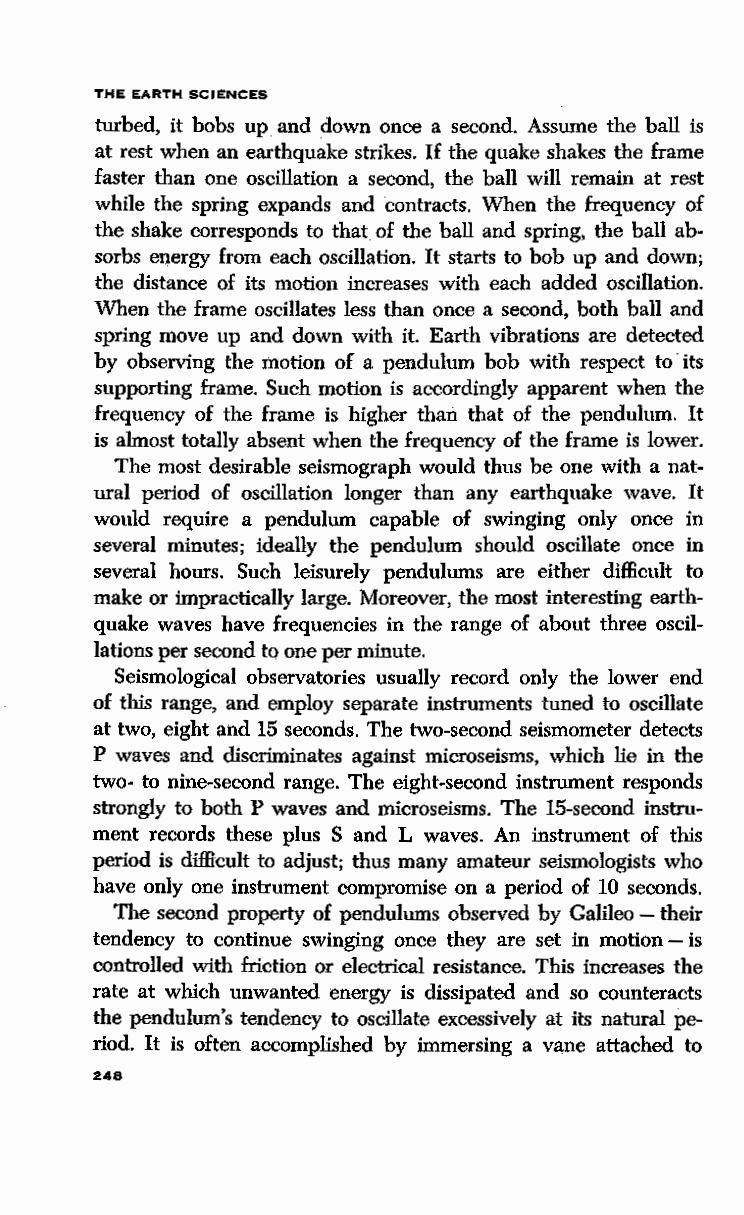
THE EARTH SCIENCES
 turbed, it bobs up and down once a second. Assume the ball is
 at rest when an earthquake strikes. If the quake shakes the frame
 faster than one oscillation a second, the ball will remain at rest
 while the spring expands and contracts. When the frequency of
 the shake corresponds to that of the ball and spring, the ball ab
 sorbs energy from each oscillation. It starts to bob up and down;
 the distance of its motion increases with each added oscillation.
 When the frame oscillates less than once a second, both ball and
 spring move up and down with it. Earth vibrations are detected
 by observing the motion of a pendulum bob with respect to its
 supporting frame. Such motion is accordingly apparent when the
 frequency of the frame is higher than that of the pendulum. It
 is almost totally absent when the frequency of the frame is lower.
 The most desirable seismograph would thus be one with a nat
 ural period of oscillation longer than any earthquake wave. It
 would require a pendulum capable of swinging only once in
 several minutes; ideally the pendulum should oscillate once in
 several hours. Such leisurely pendulums are either difficult to
 make or impractically large. Moreover, the most interesting earth
 quake waves have frequencies in the range of about three oscil
 lations per second to one per minute.
 Seismological observatories usually record only the lower end
 of this range, and employ separate instruments tuned to oscillate
 at two, eight and 15 seconds. The two-second seismometer detects
 P waves and discriminates against microseisms, which lie in the
 two- to nine-second range. The eight-second instrument responds
 strongly to both P waves and microseisms. The 15-second instru
 ment records these plus S and L waves. An instrument of this
 period is difficult to adjust; thus many amateur seismologists who
 have only one instrument compromise on a period of 10 seconds.
 The second property of pendulums observed by Galileo-their
 tendency to continue swinging once they are set in motion - is
 controlled with friction or electrical resistance. This increases the
 rate at which unwanted energy is dissipated and so counteracts
 the pendulum's tendency to oscillate excessively at its natural pe
 riod. It is often accomplished by immersing a vane attached to
 248